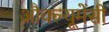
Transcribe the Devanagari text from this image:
औक्ल्यूमेंसी